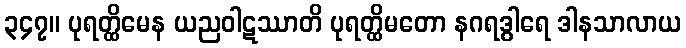
၃၄၇။ ပုရတ္ထိမေန ယညဝါဋဿာတိ ပုရတ္ထိမတော နဂရဒွါရေ ဒါနသာလာယ